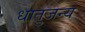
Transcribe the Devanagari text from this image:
धातुजन्य